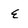
Character: e